Veterinary [1909] -
Year: 1909
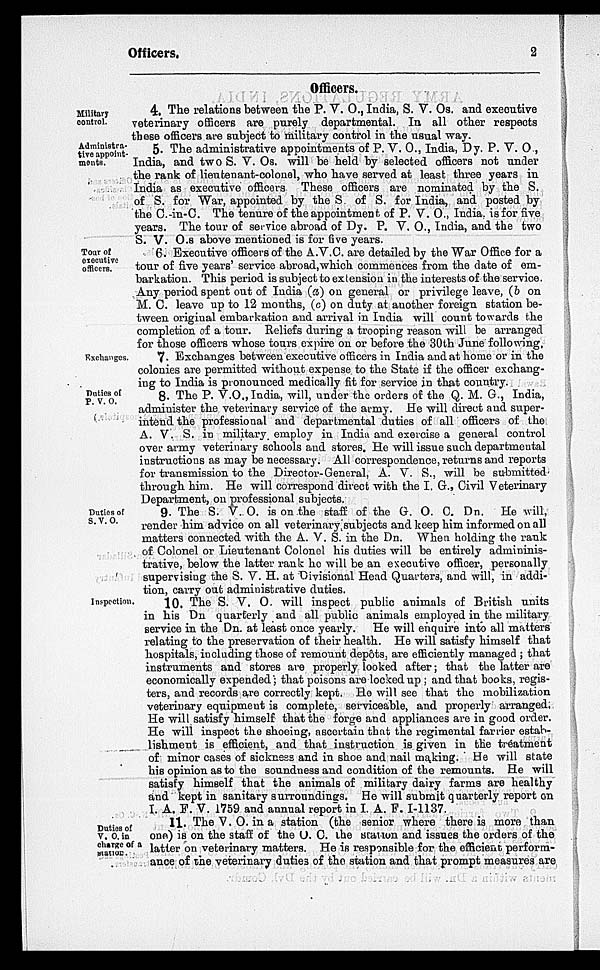
Officers.
2
Officers.
Military
control.
4, The relations between the P. V. O., India, S. V. Os. and executive
veterinary officers are purely departmental. In all other respects
these officers are subject to military control in the usual way.
Administra-
tive appoint-
ments.
5. The administrative appointments of P. V. O., India, Dy. P. V. O.,
India, and two S. V. Os. will be held by selected officers not under
the rank of lieutenant-colonel, who have served at least three years in
India as executive officers These officers are nominated by the S.
of S. for War, appointed by the S of S. for India, and posted by
the C.-in-C. The tenure of the appointment of P. V. O., India, is for five
years. The tour of service abroad of Dy. P. V. O., India, and the two
S. V. O.s above mentioned is for five years.
Tour of
executive
officers.
6. Executive officers of the A.V.C. are detailed by the War Office for a
tour of five years' service abroad,which commences from the date of em-
barkation. This period is subject to extension in the interests of the service.
Any period spent out of India (a) on general or privilege leave, (b on
M. C. leave up to 12 months, (c) on duty at another foreign station be-
tween original embarkation and arrival in India will count towards the
completion of a tour. Reliefs during a trooping reason will be arranged
for those officers whose tours expire on or before the 30th June following.
Exchanges.
7. Exchanges between executive officers in India and at home or in the
colonies are permitted without expense to the State if the officer exchang-
ing to India is pronounced medically fit for service in that country.
Duties of
P. V. O.
8. The P. V.O., India, will, under the orders of the Q. M. G., India,
administer the veterinary service of the army. He will direct and super-
intend the professional and departmental duties of all officers of the
A. V. S. in military employ in India and exercise a general control
over army veterinary schools and stores. He will issue such departmental
instructions as may be necessary. All correspondence, returns and reports
for transmission to the Director-General, A. V. S., will be submitted
through him. He will correspond direct with the I. G., Civil Veterinary
Department, on professional subjects.
Duties of
S. V. O.
9. The S. V. O. is on the staff of the G. O. C. Dn. He will,
render him advice on all veterinary subjects and keep him informed on all
matters connected with the A. V. S. in the Dn. When holding the rank
of Colonel or Lieutenant Colonel his duties will be entirely admininis-
trative, below the latter rank he will be an executive officer, personally
supervising the S. V. H. at Divisional Head Quarters, and will, in addi-
tion, carry out administrative duties.
Inspection.
10. The S. V. O. will inspect public animals of British units
in his Dn quarterly and all public animals employed in the military
service in the Dn. at least once yearly. He will enquire into all matters
relating to the preservation of their health. He will satisfy himself that
hospitals, including those of remount depôts, are efficiently managed ; that
instruments and stores are properly looked after; that the latter are
economically expended; that poisons are locked up ; and that books, regis-
ters, and records are correctly kept. He will see that the mobilization
veterinary equipment is complete, serviceable, and properly arranged.
He will satisfy himself that the forge and appliances are in good order.
He will inspect the shoeing, ascertain that the regimental farrier estab-
lishment is efficient, and that instruction is given in the treatment
of minor cases of sickness and in shoe and nail making. He will state
his opinion as to the soundness and condition of the remounts. He will
satisfy himself that the animals of military dairy farms are healthy
and kept in sanitary surroundings. He will submit quarterly report on
I. A. F. V. 1759 and annual report in I. A. F. I-1137.
Duties of
V. O. in
charge of a
station.
11. The V. O. in a station (the senior where there is more than
one) is on the staff of the O. C. the station and issues the orders of the
latter on veterinary matters. He is responsible for the efficient perform-
ance of the veterinary duties of the station and that prompt measures are